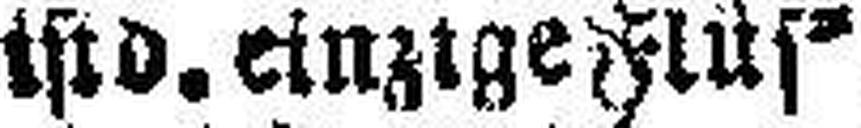
tstd. einzige Flüs¬